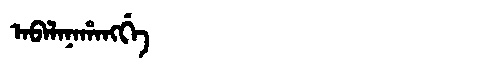
Manchu: ᠠᠪᠠᠯᠠᠨᠠᡥᠠᠩᡤᡝ
Romanization: ABALANAHANGGE